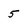
Character: 5